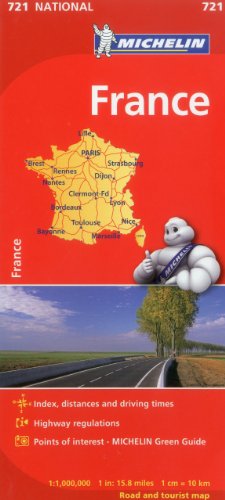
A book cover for Michelin France Map 721 (Maps/Country (Michelin)); Michelin Travel & Lifestyle; Travel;